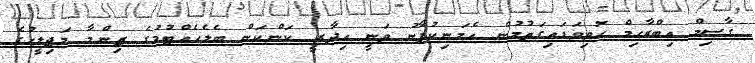
ގާސިމް އިބްރާހިމް ހޮވިވަޑައިގަތުމުން އެމަނިކުފާނު ވަނީ އިދާރީ ކަންކަން ބެލެހެއްޓުމުގެ ޒިންމާ މަޖިލީހުގެ